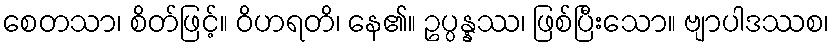
စေတသာ၊ စိတ်ဖြင့်။ ဝိဟရတိ၊ နေ၏။ ဥပ္ပန္နဿ၊ ဖြစ်ပြီးသော။ ဗျာပါဒဿစ၊